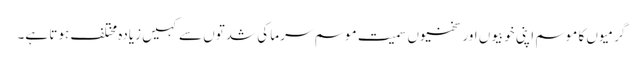
گرمیوں کا موسم اپنی خوبیوں اور سختیوں سمیت موسم سرما کی شدتوں سے کہیں زیادہ مختلف ہوتا ہے۔